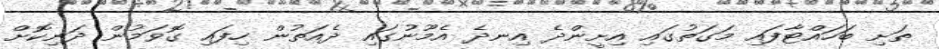
ތަށި ބަހައްޓާފައި މަގަތުގައި އިށީންދެ އިނދެ އެމޫނުގައި ދެއަތުން ހިފައި ގޮވަމުން ދަނިކޮށް